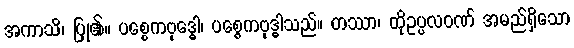
အကာသိ၊ ပြု၏။ ပစ္စေကဗုဒ္ဓေါ၊ ပစ္စေကဗုဒ္ဓါသည်။ တဿာ၊ ထိုဥပ္ပလဝဏ် အမည်ရှိသော